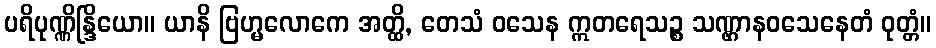
ပရိပုဏ္ဏိန္ဒြိယော။ ယာနိ ဗြဟ္မလောကေ အတ္ထိ, တေသံ ဝသေန ဣတရေသဉ္စ သဏ္ဌာနဝသေနေတံ ဝုတ္တံ။